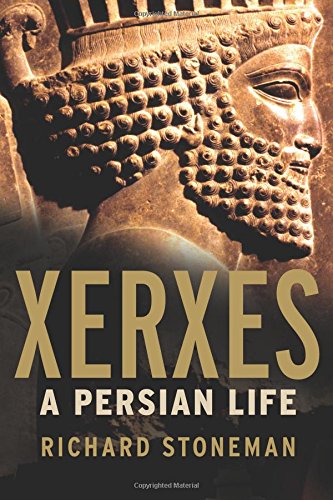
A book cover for Xerxes: A Persian Life; Richard Stoneman; Biographies & Memoirs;